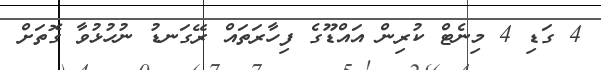
4 ގަޑި 4 މިނެޓް ކުރިން އައްޑޫގެ ފިހާރަތައް ރޭގަނޑު ނުހުޅުވާ ގޮތަށް